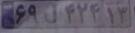
۶۹ل۴۲۴۱۳